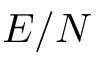
E / N